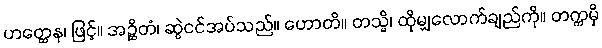
ဟတ္ထေန၊ ဖြင့်။ အဉ္ဆိတံ၊ ဆွဲငင်အပ်သည်။ ဟောတိ။ တသ္မိ၊ ထိုမျှလောက်ချည်ကို။ တက္ကမှိ